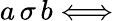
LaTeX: a\, \sigma\, b\Longleftrightarrow